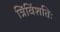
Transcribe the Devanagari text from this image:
त्रिंविंशतिः